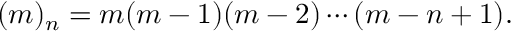
( m ) _ { n } = m ( m - 1 ) ( m - 2 ) \cdots ( m - n + 1 ) .